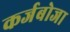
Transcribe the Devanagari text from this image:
कर्जबोजा